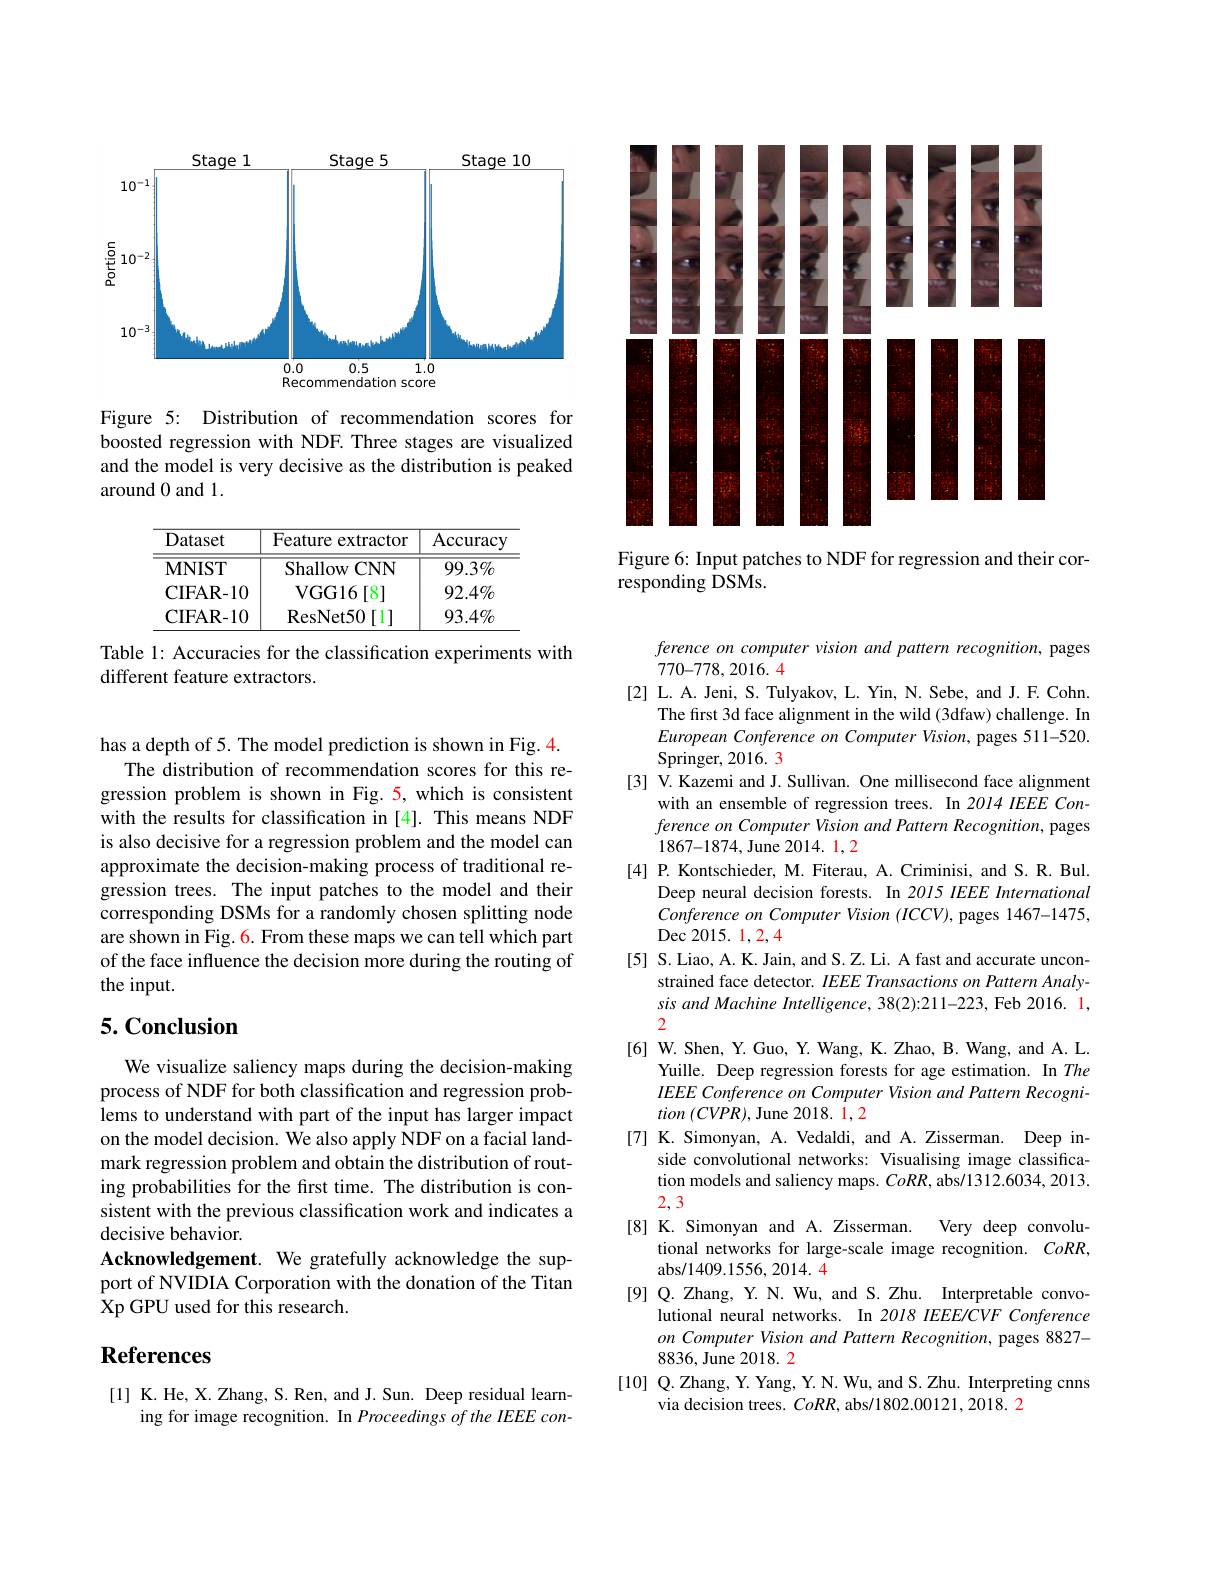
<FigureHere>

Figure 5: Distribution of recommendation scores for boosted regression with NDF. Three stages are visualized and the model is very decisive as the distribution is peaked around 0 and 1.

<table>
	<tbody>
		<tr>
			<th>Dataset</th>
			<th>Feature extractor</th>
			<th>Accuracy</th>
		</tr>
		<tr>
			<td>$\mathbf{MNIST}$</td>
			<td>Shallow CNN</td>
			<td>$99.3\%$</td>
		</tr>
		<tr>
			<td>CIFAR- 10</td>
			<td>VGG16 $\lceil8\rceil$</td>
			<td>$92.4\%$</td>
		</tr>
		<tr>
			<td>CIFAR- 10</td>
			<td>ResNet50 $\left[1\right]$</td>
			<td>$93.4\%$</td>
		</tr>
	</tbody>
</table>

Table 1: Accuracies for the classification experiments with
different feature extractors.

has a depth of 5. The model prediction is shown in Fig. 4.
The distribution of recommendation scores for this regression problem is shown in Fig. 5, which is consistent with the results for classification in [4]. This means NDF is also decisive for a regression problem and the model can approximate the decision-making process of traditional regression trees. The input patches to the model and their corresponding DSMs for a randomly chosen splitting node are shown in Fig. 6. From these maps we can tell which part of the face influence the decision more during the routing of the input.

# 5. Conclusion

We visualize saliency maps during the decision-making process of NDF for both classification and regression problems to understand with part of the input has larger impact on the model decision. We also apply NDF on a facial landmark regression problem and obtain the distribution of routing probabilities for the first time. The distribution is consistent with the previous classification work and indicates a decisive behavior.
Acknowledgement. We gratefully acknowledge the support of NVIDIA Corporation with the donation of the Titan Xp GPU used for this research.

# References

[1] K.He, X.Zhang, S. Ren, and J. Sun. Deep residual learn-
ing for image recognition. In Proceedings of the IEEE con-

<FigureHere>

Figure 6: Input patches to NDF for regression and their cor-
responding DSMs.

ference on computer vision and pattern recognition, pages
$770–778,2016.4$
[2] L. A. Jeni, S. Tulyakov, L. Yin, N. Sebe, and J. F. Cohn.
The first 3d face alignment in the wild (3dfaw) challenge. In European Conference on Computer Vision, pages 511-520. Springer, 2016. 3
[3] V. Kazemi and J. Sullivan. One millisecond face alignment
with an ensemble of regression trees. In 2014 IEEE Conference on Computer Vision and Pattern Recognition, pages 1867-1874,June 2014. 1, 2
[4] P. Kontschieder, M. Fiterau, A. Criminisi, and S. R. Bul.
Deep neural decision forests. In 2015 IEEE International Conference on Computer Vision (ICCV), pages 1467-1475, $\operatorname{Dec}2015.1,2,4$
[5] S.Liao, A. K. Jain, and S. Z. Li. A fast and accurate uncon-
strained face detector. $IEEE\textit{Transactions on Pattern Analy- }$ sis and Machine Intelligence, 38(2):211-223, Feb 2016. 1, 2
[6] W. Shen, Y. Guo, Y. Wang, K. Zhao, B. Wang, and A. L.
Yuille. Deep regression forests for age estimation. In The IEEE Conference on Computer Vision and Pattern Recogni- $tion\left(CVPR\right)$, June 2018. 1, 2
[7] K. Simonyan, A. Vedaldi, and A. Zisserman. Deep in-
side convolutional networks: Visualising image classification models and saliency maps. $CoRR$, abs/1312.6034, 2013. 2,3
[8]K.Simonyan and A.Zisserman.
Very deep convolu-
tional networks for large-scale image recognition. $CoRR$,
abs/1409.1556,2014.4
[9]Q.Zhang, Y. N. Wu, and S. Zhu. Interpretable convo-
lutional neural networks. In 2018 IEEE/CVF Conference on Computer Vision and Pattern Recognition, pages 8827- 8836, June 2018. 2
[10] Q.Zhang, Y. Yang, Y. N. Wu, and S. Zhu. Interpreting cnns
via decision trees. $CoRR$, abs/1802.00121,2018. 2